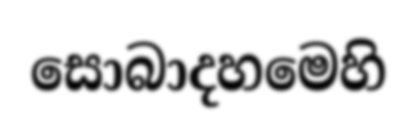
සොබාදහමෙහි